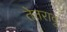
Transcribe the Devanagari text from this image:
तेत्तरावु